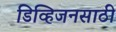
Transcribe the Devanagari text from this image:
डिव्हिजनसाठी